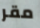
مقر